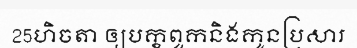
25ហិចតា ឲ្យបក្ខពួកនិងកូនប្រសារ